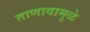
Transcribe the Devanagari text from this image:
ताणावामुळे